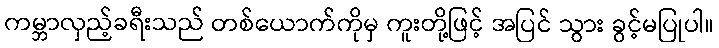
ကမ္ဘာလှည့်ခရီးသည် တစ်ယောက်ကိုမှ ကူးတို့ဖြင့် အပြင် သွား ခွင့်မပြုပါ။